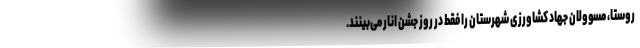
روستا، مسوولان جهاد کشاورزی شهرستان را فقط در روز جشن انار می‌بینند.